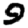
Digit: 9